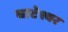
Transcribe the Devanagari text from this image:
घाटेश्वर